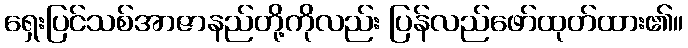
ရှေးပြင်သစ်အာဇာနည်တို့ကိုလည်း ပြန်လည်ဖော်ထုတ်ထား၏။